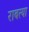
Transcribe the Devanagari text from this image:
राबत्या